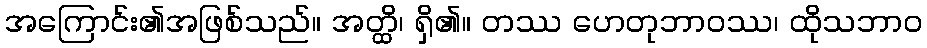
အကြောင်း၏အဖြစ်သည်။ အတ္ထိ၊ ရှိ၏။ တဿ ဟေတုဘာဝဿ၊ ထိုသဘာဝ